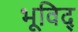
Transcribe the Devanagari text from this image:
भूविद्